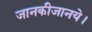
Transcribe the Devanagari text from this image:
जानकीजानये।